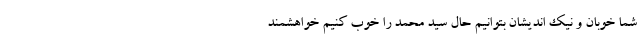
شما خوبان و نیک اندیشان بتوانیم حال سید محمد را خوب کنیم خواهشمند